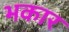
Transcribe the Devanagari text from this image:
भकार